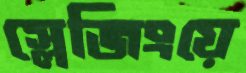
স্লেজিংয়ে